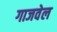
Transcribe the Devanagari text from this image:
गाजवेल